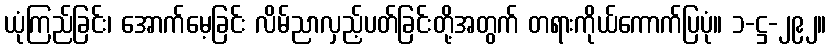
ယုံကြည်ခြင်း၊ အောက်မေ့ခြင်း လိမ်ညာလှည့်ပတ်ခြင်းတို့အတွက် တရားကိုယ်ကောက်ပြပုံ။ ၁-ဋ္ဌ-၂၉၂။